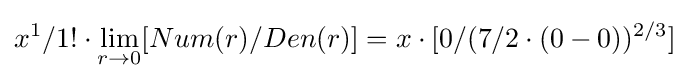
x^{1}/1!\cdot \lim _{r\to 0}[Num(r)/Den(r)]=x\cdot [0/(7/2\cdot (0-0))^{2/3}]